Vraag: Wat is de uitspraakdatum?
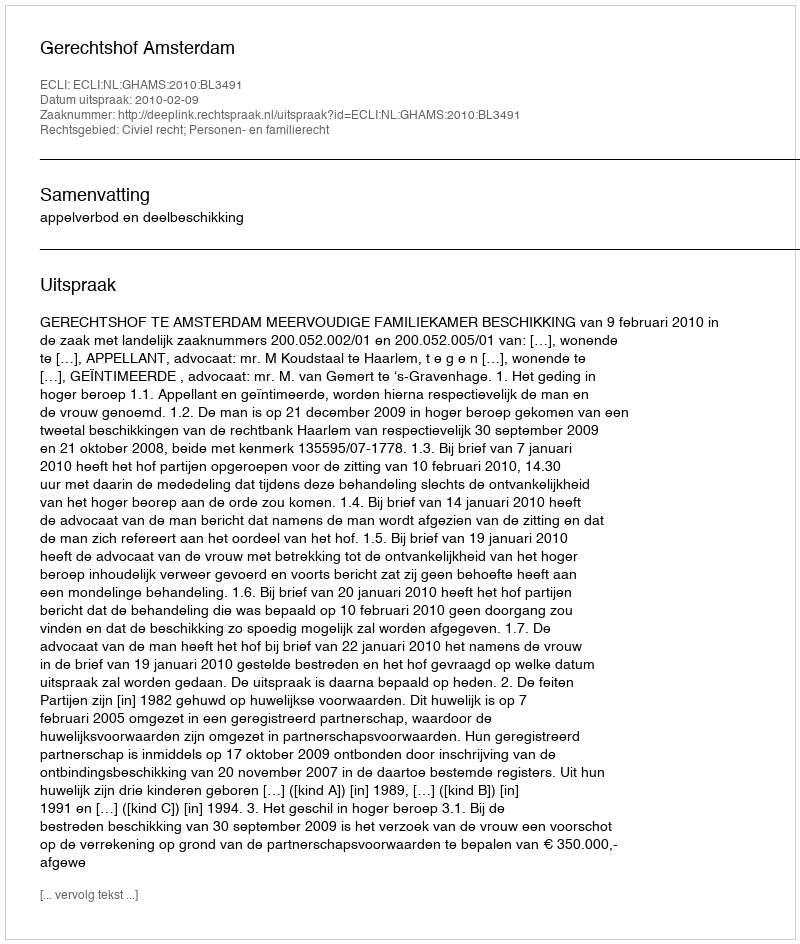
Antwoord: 2010-02-09